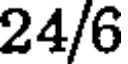
24/6